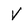
Character: V